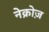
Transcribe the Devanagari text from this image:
नेक्रोज़